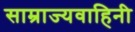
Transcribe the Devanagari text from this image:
साम्राज्यवाहिनी